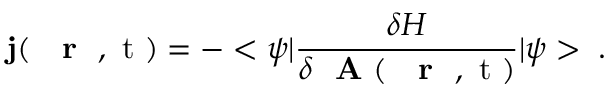
{ \bf j } ( \mathrm { ~ { ~ \bf ~ r ~ } ~ , ~ t ~ } ) = - < \psi | \frac { \delta H } { \delta \mathrm { ~ \bf ~ A ~ } ( \mathrm { ~ { ~ \bf ~ r ~ } ~ , ~ t ~ } ) } | \psi > \; .